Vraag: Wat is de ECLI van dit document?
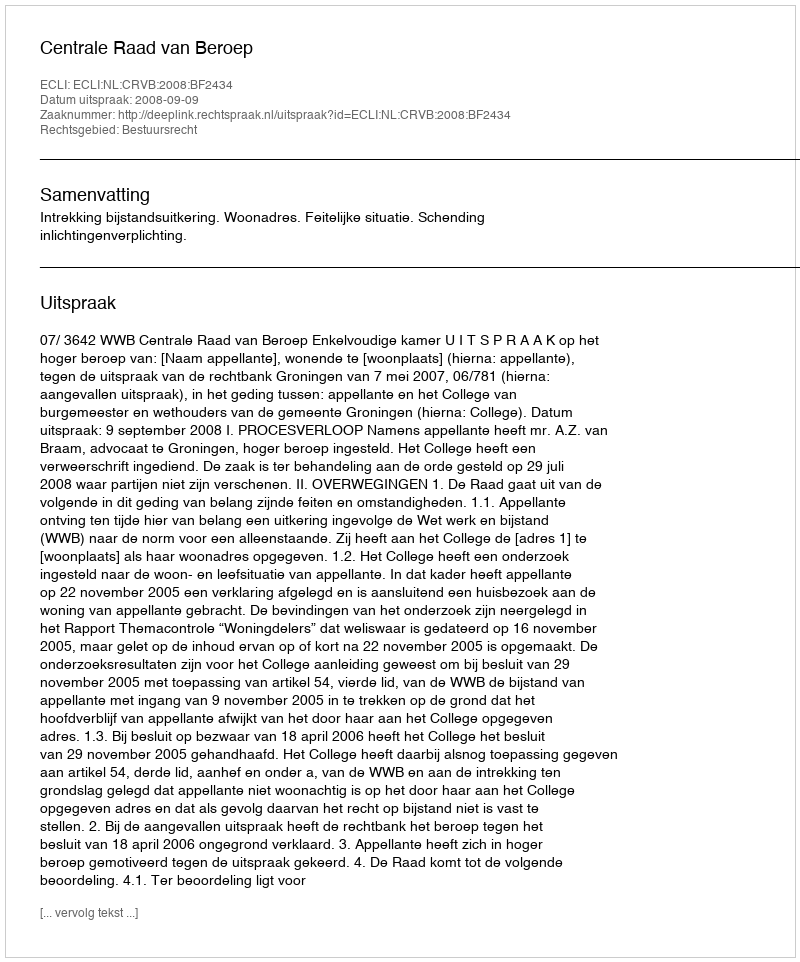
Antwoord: ECLI:NL:CRVB:2008:BF2434